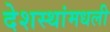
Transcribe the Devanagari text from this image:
देशस्थांमधली